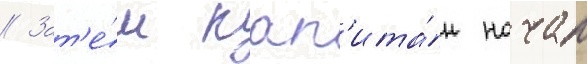
// Зат'е́м кап'ита́н начал